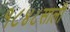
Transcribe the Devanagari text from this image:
१८४८साली